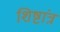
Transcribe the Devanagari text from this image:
शिष्टांत्र